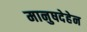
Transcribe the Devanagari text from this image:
मानुषदेहेन